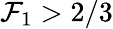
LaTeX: \mathcal{F}_{1}>2/3